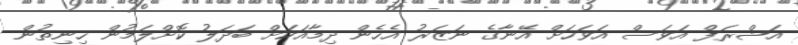
އަޝްރަފް އަވަސް އަވަހަށް އޭނާގެ ނަޒަރު އެހެން ދިމާއަކަށް ބަދަލު ކޮށްލަމުން ހިނިތުން